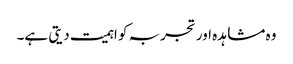
وہ مشاہدہ اور تجربہ کو اہمیت دیتی ہے۔